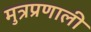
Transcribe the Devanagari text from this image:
मुत्रप्रणाली